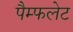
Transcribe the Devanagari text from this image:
पैम्‍फलेट